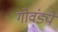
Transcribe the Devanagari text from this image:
गोवंड्ये